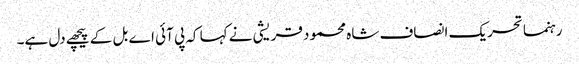
رہنما تحریک انصاف شاہ محمود قریشی نے کہا کہ پی آئی اے بل کے پیچھے دل ہے۔